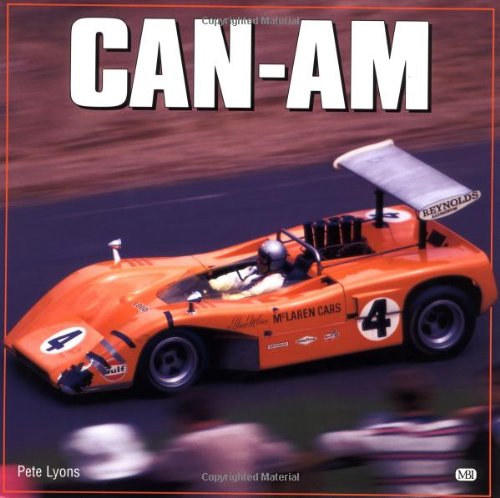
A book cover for Can-Am; Peter Lyons; Engineering & Transportation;